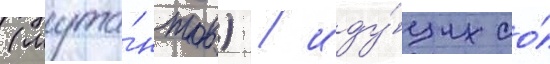
(мута́нтов) / иду́щих со́